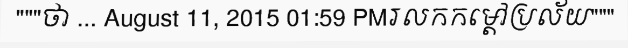
"""ថា ... August 11, 2015 01:59 PMរលកកម្តៅប្រល័យ"""